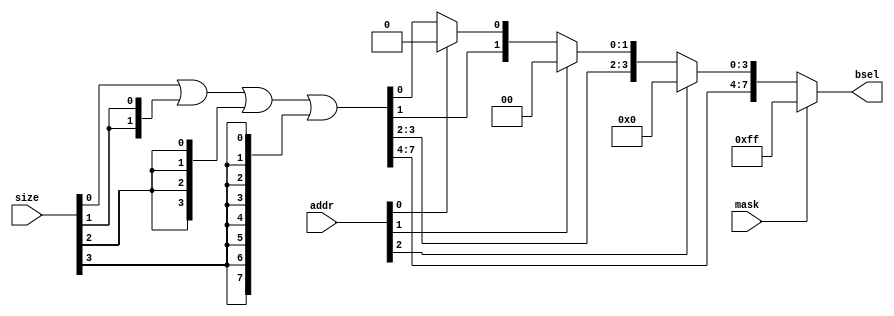
module byte_sel(
input wire [2:0]addr,	//address
input wire [3:0]size,	//0001=1Byte;0010=2Byte;0100=4Byte;1000=8Byte
input wire mask,
output wire [7:0]bsel
);
wire [7:0]bsel_source;

wire [7:0]shift1;
wire [7:0]shift2;

assign bsel_source	=	{7'b0,size[0]} | {6'b0,{2{size[1]}}} | {4'b0,{4{size[2]}}} | {8{size[3]}};
assign shift1		=	addr[0] ? {bsel_source[7:1],1'b0} : bsel_source;	//1
assign shift2		=	addr[1] ? {shift1[7:2],2'b0} : shift1;
assign bsel			=	mask ? 8'b11111111 : addr[2] ? {shift2[7:4],4'b0} : shift2;

endmodule